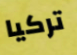
تركيا